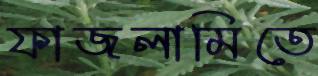
ফাজলামিতে